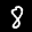
Label: 8